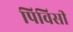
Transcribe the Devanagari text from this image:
पिविसी